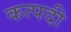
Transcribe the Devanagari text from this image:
कत्पदी